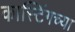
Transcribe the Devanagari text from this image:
कास्टिंगच्या